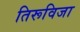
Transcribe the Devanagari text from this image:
तिरूविजा